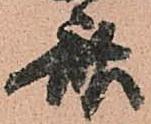
斎